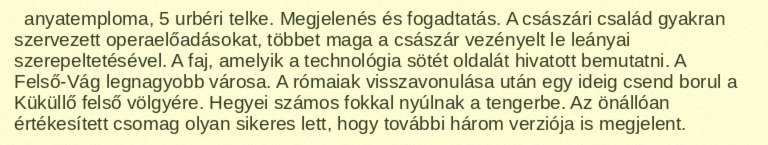
anyatemploma, 5 urbéri telke. Megjelenés és fogadtatás. A császári család gyakran szervezett operaelőadásokat, többet maga a császár vezényelt le leányai szerepeltetésével. A faj, amelyik a technológia sötét oldalát hivatott bemutatni. A Felső-Vág legnagyobb városa. A rómaiak visszavonulása után egy ideig csend borul a Küküllő felső völgyére. Hegyei számos fokkal nyúlnak a tengerbe. Az önállóan értékesített csomag olyan sikeres lett, hogy további három verziója is megjelent.